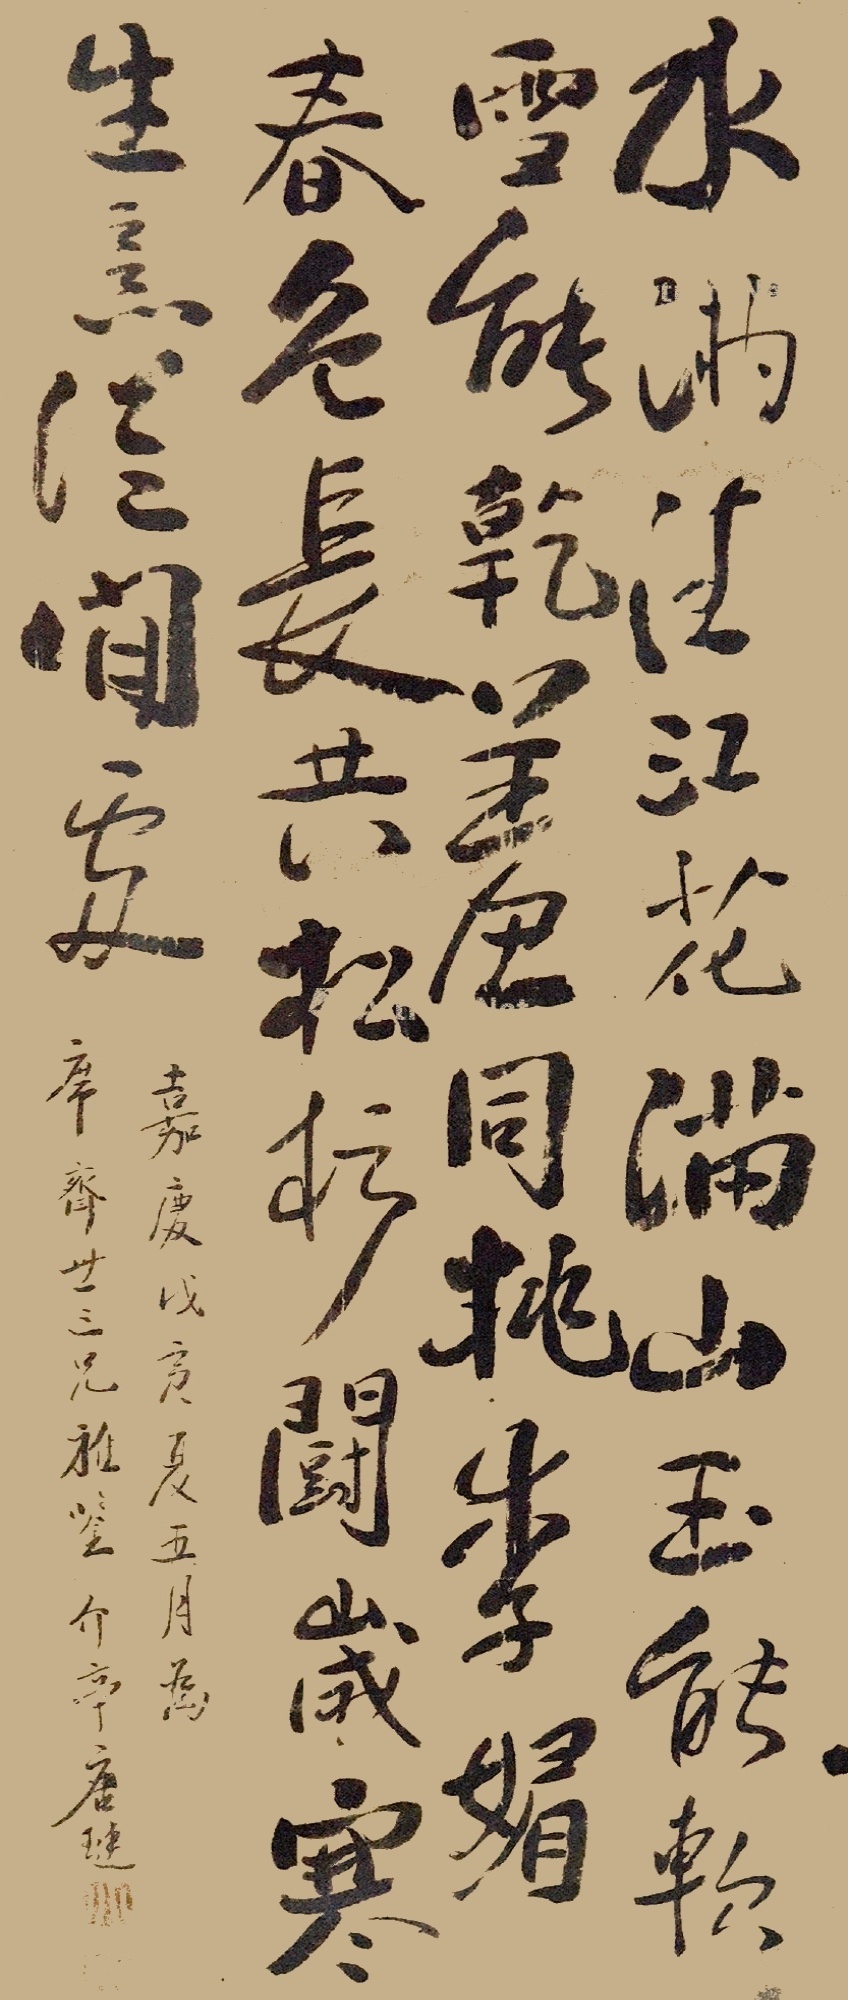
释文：水满清江花满山，玉龙轻软雪能干。羞同桃李媚春色，长共松杉守岁寒。嘉庆戊寅夏五月为席斋世三兄雅鉴，介亭唐琏。